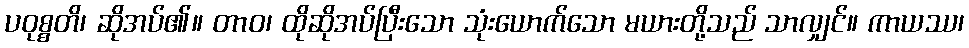
ပဝုစ္စတိ၊ ဆိုအပ်၏။ တာဝ၊ ထိုဆိုအပ်ပြီးသော သုံးယောက်သော မယားတို့သည် သာလျှင်။ ကာယဿ၊